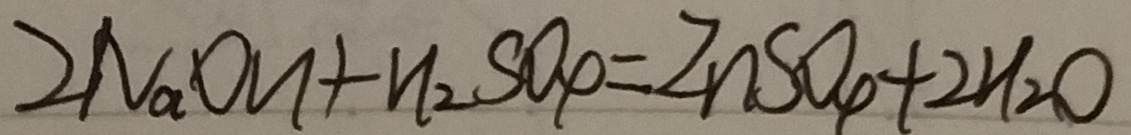
2 N a O H + H _ { 2 } S O _ { 4 } = Z n S O _ { 4 } + 2 H _ { 2 } O